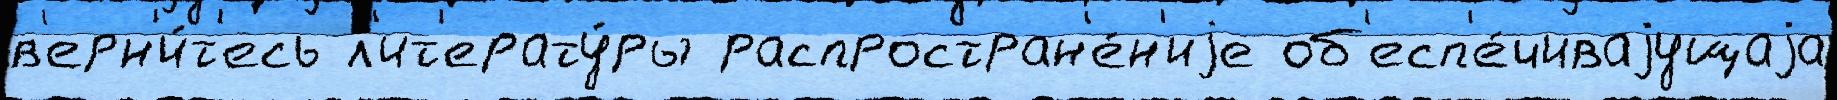
в'ерн'и́т'есь л'ит'ерату́ры распростран'е́н'иjе об'есп'е́чиваjущаjа